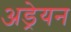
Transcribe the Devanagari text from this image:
अड्रेयन